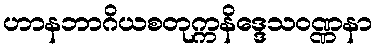
ဟာနဘာဂိယစတုက္ကနိဒ္ဒေသဝဏ္ဏနာ